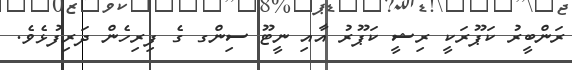
ރަންބީރު ކަޕޫރަކީ ރިޝީ ކަޕޫރު އާއި ނީޓޫ ސިންގ ގެ ފިރިހެން ދަރިފުޅެވެ.